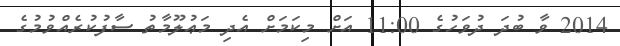
2014 ވާ ބުދަ ދުވަހުގެ 11:00 އަށް މިކަމަށް އެދި މަޢުލޫމާތު ސާފުކުރެއްވުމުގެ